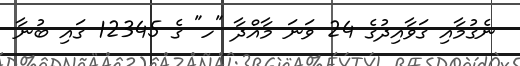
ނެގުމާއި ގަވާއިދުގެ 24 ވަނަ މާއްދާ "ހ" ގެ 12345 ގައި ބުނާ